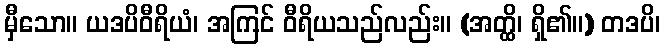
မှီသော။ ယဒပိဝီရိယံ၊ အကြင် ဝီရိယသည်လည်း။ (အတ္ထိ၊ ရှိ၏။) တဒပိ၊